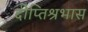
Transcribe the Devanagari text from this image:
दीप्तिश्रभास